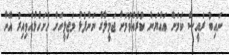
ނައިބު ރައީސް ކަމަށް އައްޔަން ކުރެއްވުމަށް ޖަމީލާގެ ނަންފުޅު މަޖިލީހަށް ހުށަހެޅުއްވިއިރު އޭނާ